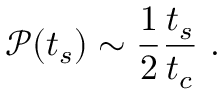
\mathscr { P } ( t _ { s } ) \sim \frac { 1 } { 2 } \frac { t _ { s } } { t _ { c } } ~ .